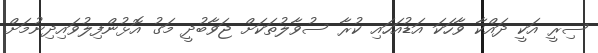
ސިރީ އަކީ ދައްކާ ވާހަކަ އަޑުއަހައި ކުރާ ސުވާލުތަކަށް ޖަވާބުދީ މަގު އޮޅުންފިލުވައިދިނުމަށް